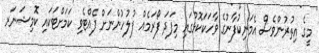
މީގެ އިތުރުންވެސް އެމަނިކުފާނުގެ ވާހަކަކޮޅުގައި މިފަދަ ފޯރަމެއް ފުލުހުންނަށް ފެއްޓެވި ކަމަށްޓަކައި ކޮމިޝަނަރ